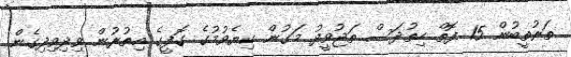
ތަރުތީބުން 15 ފޮތް ހިތުދަސް ތަޖުވީދު މަގުން ކިޔެވުމުގެ ގޮފީގެ އިތުރުން ވިދިވިދިގެން